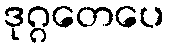
ဒုဂ္ဂတေပေ